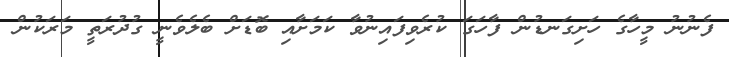
ފެނުނު މީހާގެ ހަށިގަނޑުން ފާހަގަ ކުރެވިފައިނުވާ ކަމަށާއި ބޮޑަށް ބެލެވެނީ ގުދުރަތީ މަރަކުން